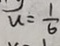
\overline { u } = \frac { 1 } { 6 }